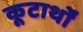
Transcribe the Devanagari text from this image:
कूटार्थों